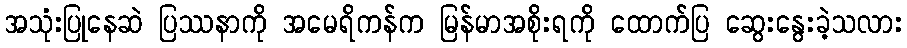
အသုံးပြုနေဆဲ ပြဿနာကို အမေရိကန်က မြန်မာအစိုးရကို ထောက်ပြ ဆွေးနွေးခဲ့သလား